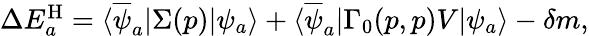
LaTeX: \begin{array}{r}{\Delta E_{a}^{\mathrm{H}}=\langle\overline{{\psi}}_{a}|\Sigma(p)|\psi_{a}\rangle+\langle\overline{{\psi}}_{a}|\Gamma_{0}(p,p)V|\psi_{a}\rangle-\delta m,}\end{array}